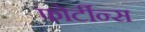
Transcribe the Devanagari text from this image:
फोर्टीन्स